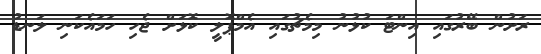
ރަށުން ބޭރުގައި އިންޓަ ކުޅުނު މިމެޗުގައި އެމްޕޮލީ ކޮޅަށް ޖެހި ހަމައެކަނި ލަނޑު